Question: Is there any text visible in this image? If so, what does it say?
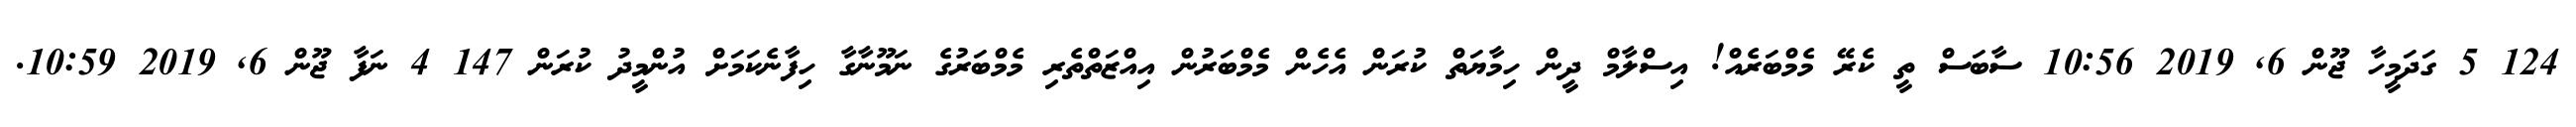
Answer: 124 5 ގަދަމީހާ ޖޫން 6, 2019 10:56 ސާބަސް ތީ ކެރޭ މެމްބަރެއް! އިސްލާމް ދީން ހިމާޔަތް ކުރަން އެހެން މެމްބަރުން އިއްޒަތްތެރި މެމްބަރުގެ ނަމޫނާގާ ހިފާނެކަމަށް އުންމީދު ކުރަން 147 4 ނަފާ ޖޫން 6, 2019 10:59.